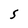
Character: S